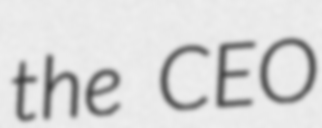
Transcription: the CEO